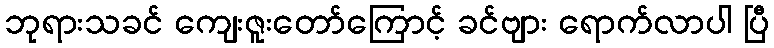
ဘုရားသခင် ကျေးဇူးတော်ကြောင့် ခင်ဗျား ရောက်လာပါ ပြီ